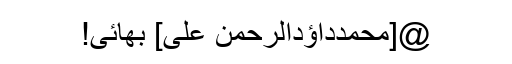
@[محمدداؤدالرحمن علی] بھائی!